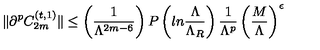
\| \partial ^ { p } C _ { 2 m } ^ { ( t , 1 ) } \| \leq \left( { \frac { 1 } { \Lambda ^ { 2 m - 6 } } } \right) P \left( l n { \frac { \Lambda } { \Lambda _ { R } } } \right) { \frac { 1 } { \Lambda ^ { p } } } \left( { \frac { M } { \Lambda } } \right) ^ { \epsilon }